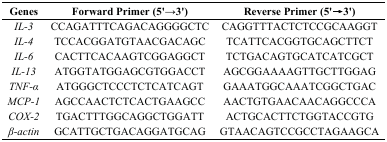
<table><thead><tr><td><b>Genes</b></td><td><b>Forward Primer (5&#x27;→3&#x27;)</b></td><td><b>Reverse Primer (5&#x27;→3&#x27;)</b></td></tr></thead><tbody><tr><td><i>IL-3</i></td><td>CCAGATTTCAGACAGGGGCTC</td><td>CAGGTTTACTCTCCGCAAGGT</td></tr><tr><td><i>IL-4</i></td><td>TCCACGGATGTAACGACAGC</td><td>TCATTCACGGTGCAGCTTCT</td></tr><tr><td><i>IL-6</i></td><td>CACTTCACAAGTCGGAGGCT</td><td>TCTGACAGTGCATCATCGCT</td></tr><tr><td><i>IL-13</i></td><td>ATGGTATGGAGCGTGGACCT</td><td>AGCGGAAAAGTTGCTTGGAG</td></tr><tr><td><i>TNF-α</i></td><td>ATGGGCTCCCTCTCATCAGT</td><td>GAAATGGCAAATCGGCTGAC</td></tr><tr><td><i>MCP-1</i></td><td>AGCCAACTCTCACTGAAGCC</td><td>AACTGTGAACAACAGGCCCA</td></tr><tr><td><i>COX-2</i></td><td>TGACTTTGGCAGGCTGGATT</td><td>ACTGCACTTCTGGTACCGTG</td></tr><tr><td><i>β-actin</i></td><td>GCATTGCTGACAGGATGCAG</td><td>GTAACAGTCCGCCTAGAAGCA</td></tr></tbody></table>